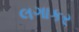
લગાકર